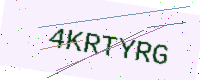
Text: 4KRTYRG